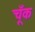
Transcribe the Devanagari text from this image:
चूँक